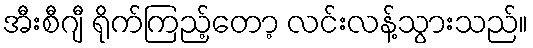
အီးစီဂျီ ရိုက်ကြည့်တော့ လင်းလန့်သွားသည်။